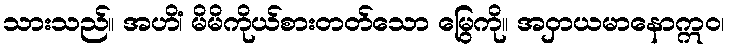
သားသည်။ အဟိံ၊ မိမိကိုယ်စားတတ်သော မြွေကို။ အဝှာယမာနောဣဝ၊